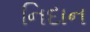
નિદાન